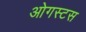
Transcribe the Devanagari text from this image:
ओगस्टस